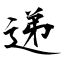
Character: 递